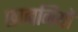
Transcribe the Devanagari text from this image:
छाननियों